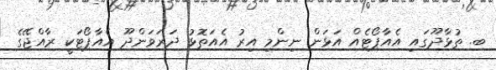
ބ. ތުޅާދޫގައި އެއާޕޯޓެއް އަޅަން ނިންމި އިރު އެއަތޮޅު ދަރަވަންދޫ އެއާޕޯޓަކީ ރާއްޖޭގެ